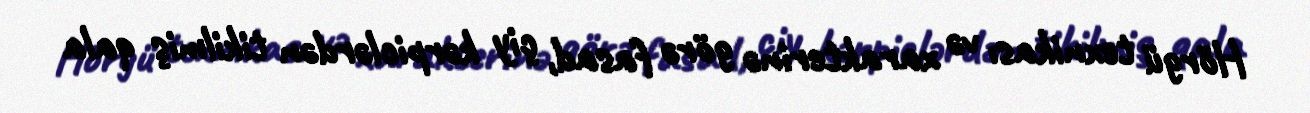
Hörgü texnikası və xarakterinə görə fasad, çiy kərpiclərdən tikilmiş qala